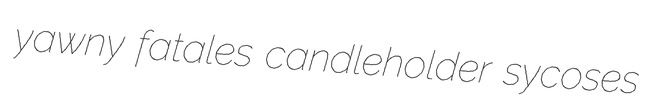
yawny fatales candleholder sycoses